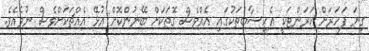
ގިނަ ފަހަރަށް ކަރަންޓަކީ އެހިސާބުތަކުގައި އެއްވެސް ގޮތަކަށް ބޭނުންކޮށް އުޅޭ އެއްޗަކަށްވެސް ނުވެއެވެ.